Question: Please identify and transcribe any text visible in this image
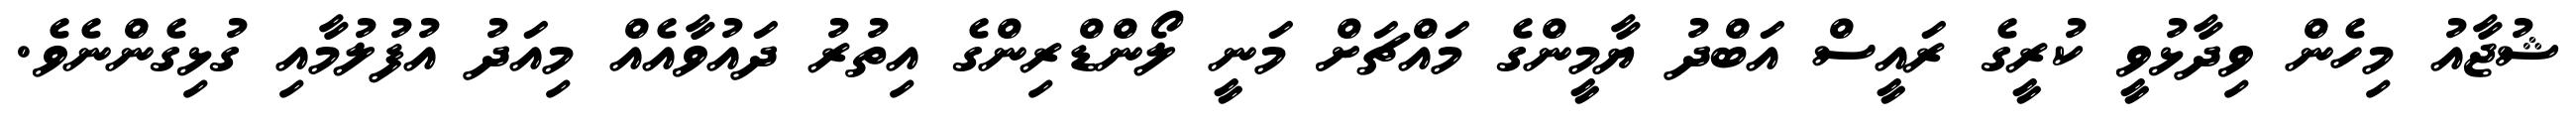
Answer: ޝުޖާއު މިހެން ވިދާޅުވީ ކުރީގެ ރައީސް އަބްދު ޔާމީންގެ މައްޗަށް މަނީ ލޯންޑްރިންގެ އިތުރު ދައުވާއެއް މިއަދު އުފުލުމާއި ގުޅިގެންނެވެ.